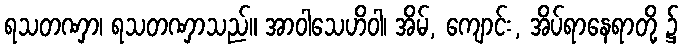
ရသတဏှာ၊ ရသတဏှာသည်။ အာဝါသေဟိဝါ၊ အိမ်, ကျောင်း, အိပ်ရာနေရာတို့ ၌